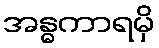
အန္ဓကာရမှိ